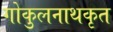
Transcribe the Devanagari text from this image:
गोकुलनाथकृत